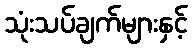
သုံးသပ်ချက်များနှင့်